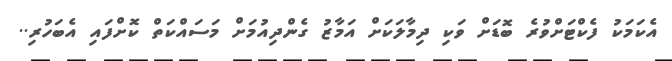
އެކަމަކު ފެކްޓަށްވުރެ ބޮޑަށް ވަކި ދިމާލަކަށް އަމާޒު ގެންދިއުމަށް މަސައްކަތް ކޮށްފައި އެބަހުރި..